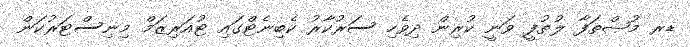
ޑރ މުޞްޠަފާ ލުޠުފީ ވަނީ ކުރިން ދިވެހި ސަރުކާރު ކެބިނެޓްގައި ޓުއަރިޒަމް މިނިސްޓަރުކަން